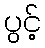
ပွင့်